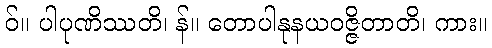
ဝ်။ ပါပုဏိဿတိ၊ န်။ တောပါနုနယဝဇ္ဇိတာတိ၊ ကား။